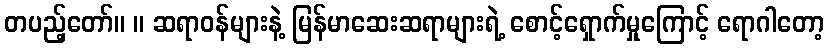
တပည့်တော်။ ။ ဆရာဝန်များနဲ့ မြန်မာဆေးဆရာများရဲ့ စောင့်ရှောက်မှုကြောင့် ရောဂါတော့